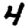
Digit: 4